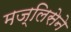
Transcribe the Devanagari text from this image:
मज्लिसेने